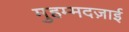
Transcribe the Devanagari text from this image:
मुहम्मदज़ाई